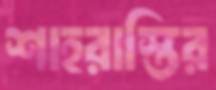
শাহরাস্তির